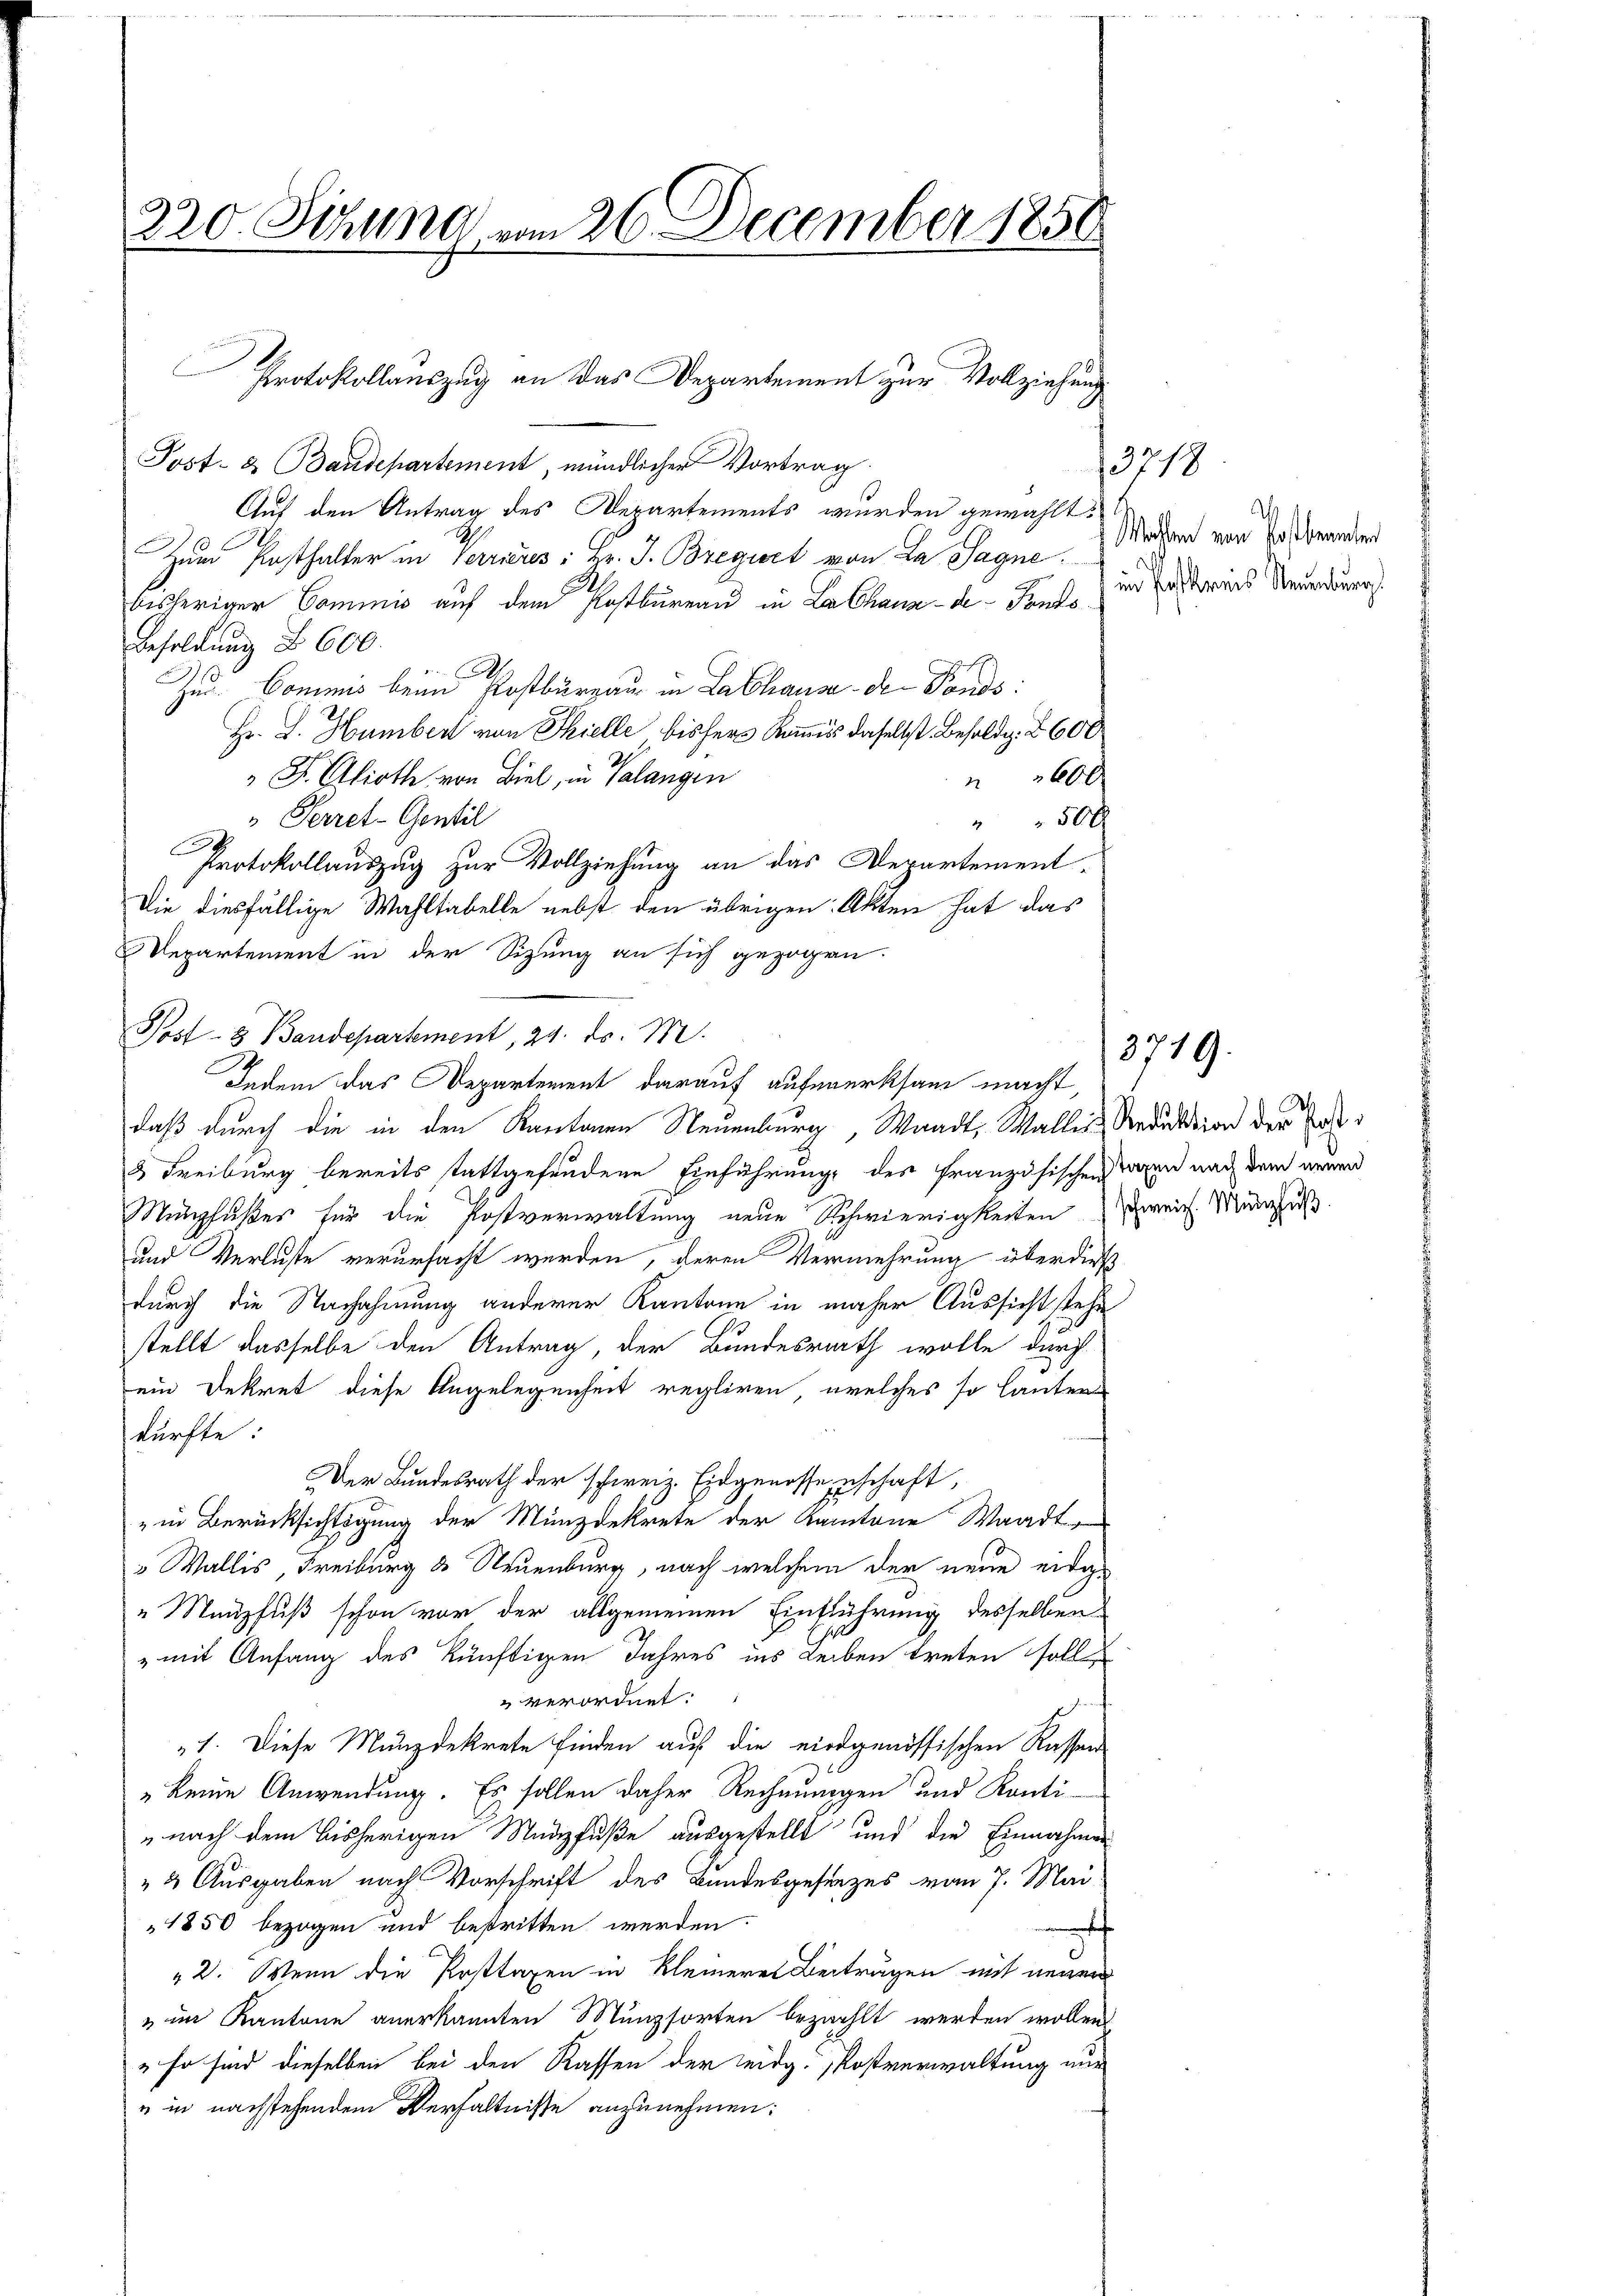
220. Schli vom 26. December 1856

Post- & Baudepartement, mündlicher Vortrag
Auf den Antrag des Departements wurden gewählt.
.
Zum Posthalter in Verrieres: Hr. J. Bregirt von La Sagne
bisheriger Commis auf dem Postbureau in La Chaux-de-Fonds¬
Besoldung § 600.
Zud. Commis beim Postburgau in Labhause de Pends:
Hr. J. Humber von Thielle bishers Kommis daselbst Besoldig. Z. 600
" J. Glioth von Biel, in Valangen
360 x
Serret-Gentil
 50 x
g
Protokollauszug zur Vollziehung an das Departement-
Die diesfällige Wahltabelle nebst den übrigen Akten hat das
Departement in der Sitzung an sich gezogen.
Post- & Baudepartement, 24. ds. M.
Indem das Departement darauf aufmerksam macht,
daß durch die in den Kantonen Neuenburg, Waadt, Waller Reduktion der Pos
8 Freiburg bereits stattgefundene Einführung des französischen Tagen nach dem neuer
Munchußes für die Postverwaltung neue Schwierigkeiten zwei Mänglis
und Verluste verursacht werden, deren Vermehrung überdieß
durch die Nachahmung anderer Kantone in maher Aussicht stehe
stellt dasselbe den Antrag, der Bundesrath wolle durch
ein Dekret diese Angelegenheit regliren, welches so lauten
dürfte:
Der Bundesrath der schweiz. Eidgenossenschaft,
"in Berücksichtigung der Münzdekrete der Kantone Waadt
" Wallis, Freiburg ds Neuenburg, nach welchem der neue eidig
" Neupfuß schon vor der allgemeinen Einführung desselben
„mit Anfang des künftigen Jahres ins Leiben treten soll
verordnet:
„1. Diese Münzdekrete finden auf die eidgenössischen Kassen
keine Anwendung. Es sollen daher Rechnungen und Konti-
„nach dem bisherigen Münzfuße ausgestellt und die Einnahmen
2 Ausgaben nach Vorschrift des Bundesgesanzes vom 7. Mai
1850 bezogen und bestritten werden.
n
2. Wenn die Posttaxen in Kleineres Beitrugen mit neuer
" im Kantone anerkannten Münzsorten bezahlt werden wollen
" so sind dieselben bei den Kassen der Leidg. Postverwaltung nur
u in nachstehendem Verhältnisse anzunehmen:

Protokollauszug an das Departement zur Vollziehung

3718
d
 Wahlen von Postbeamten
in Postkreis Neuenburg.

3719.